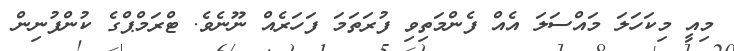
މިއީ މިކަހަލަ މައްސަލަ އެއް ފެންމަތިވި ފުރަތަމަ ފަހަރެއް ނޫނެވެ. ޓްރަމްޕްގެ ކުންފުނިން